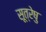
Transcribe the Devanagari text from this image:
सूत्रेषु